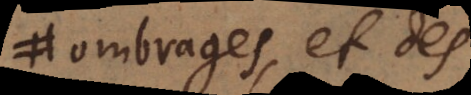
ombrages et des